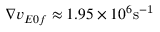
\nabla v _ { E 0 f } \approx 1 . 9 5 \times 1 0 ^ { 6 } \mathrm { s ^ { - 1 } }